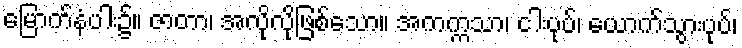
မြောက်နံပါး၌။ ဇာတာ၊ အလိုလိုဖြစ်သော။ အကက္ကသာ၊ ငါးပုပ်၊ ယောက်သွားပုပ်၊